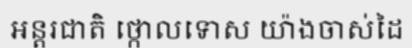
អន្តរជាតិ ថ្កោលទោស យ៉ាងចាស់ដៃ